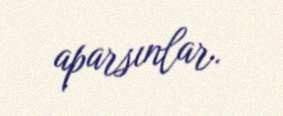
aparsınlar.